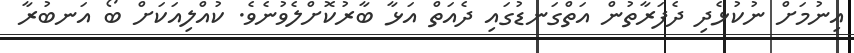
އިނުމަށް ނުކުޅެދި ދެފަރާތުން އަތްގަނޑުގައި ދެއަތް އަޅާ ބާރުކޮށްލެވުނެވެ. ކުއްލިއަކަށް ބޯ އަނބުރާ